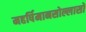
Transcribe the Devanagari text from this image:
महर्षिमानसोल्लासो